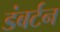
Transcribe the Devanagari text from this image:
डंबर्टन